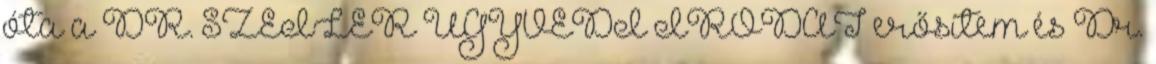
óta a DR. SZEILER ÜGYVÉDI IRODÁT erősítem és Dr.